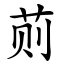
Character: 荝